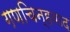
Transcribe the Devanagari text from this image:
गणचिन्हवाद